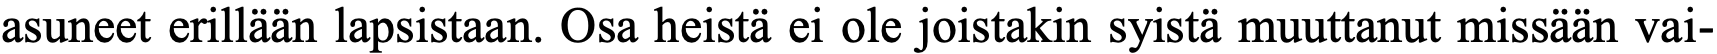
asuneet erillään lapsistaan. Osa heistä ei ole joistakin syistä muuttanut missään vai-